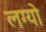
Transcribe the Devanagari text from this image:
लग्‍यो